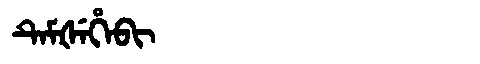
Manchu: ᡨᡝᠮᡧᡝᡥᡝᠪᡳ
Romanization: TEMŠEHEBI